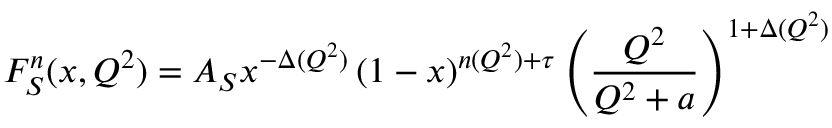
F _ { S } ^ { n } ( x , Q ^ { 2 } ) = A _ { S } x ^ { - \Delta ( Q ^ { 2 } ) } \left( 1 - x \right) ^ { n ( Q ^ { 2 } ) + \tau } \left( \frac { Q ^ { 2 } } { Q ^ { 2 } + a } \right) ^ { 1 + \Delta ( Q ^ { 2 } ) }